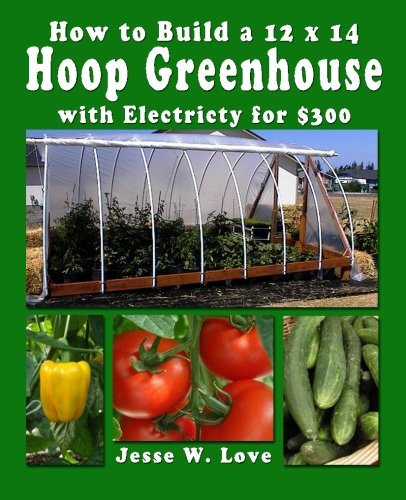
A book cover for How to Build a 12 x 14  Hoop Greenhouse with Electricity for $300; Jesse W. Love; Crafts, Hobbies & Home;